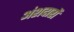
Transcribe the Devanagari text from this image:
अंशदारों